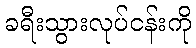
ခရီးသွားလုပ်ငန်းကို